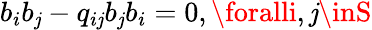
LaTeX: b_{i}b_{\mathit{j}}-q_{i\mathit{j}}b_{\mathit{j}}b_{i}=0,\foralli,\mathit{j}\inS